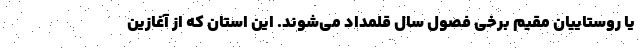
یا روستاییان مقیم برخی فصول سال قلمداد می‌شوند. این استان که از آغازین